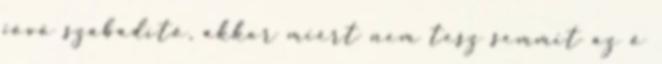
jövő szabadító, akkor miért nem tesz semmit az ő